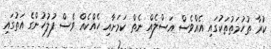
ކުރާ ތުހުމަތުތަކުގައި އެއްވެސް އަސްލެއް ނެތް ކަމަށާއި ހެއްކެއް ވެސް ފުލުހުންގެ އަތުގައި